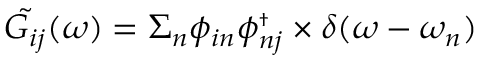
\tilde { G _ { i j } } ( \omega ) = \Sigma _ { n } \phi _ { i n } \ensuremath { \phi _ { n j } ^ { \scriptscriptstyle \dag } } \times \delta ( \omega - \omega _ { n } )